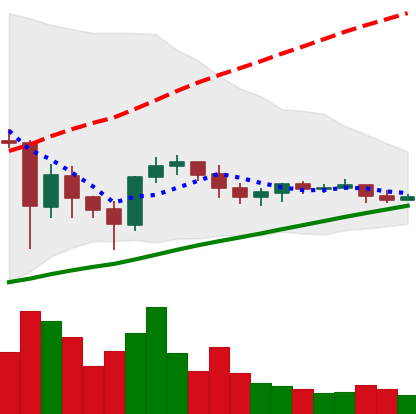
Ticker: ETC-USD
Chart end date: 2021-06-06
Forward return: -11.154%
Label: down_7plus